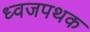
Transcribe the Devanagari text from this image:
ध्वजपथक